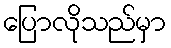
ပြောလိုသည်မှာ